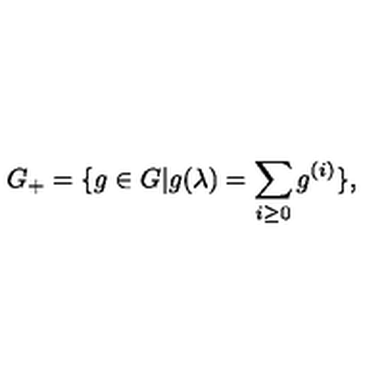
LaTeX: G _ { + } = \{ g \in G | g ( \lambda ) = \sum _ { i \geq 0 } g ^ { ( i ) } \} ,